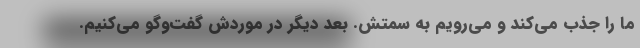
ما را جذب می‌کند و می‌رویم به سمتش. بعد دیگر در موردش گفت‌وگو می‌کنیم.